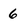
Character: 6